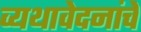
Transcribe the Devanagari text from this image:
व्यथावेदनांचे